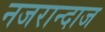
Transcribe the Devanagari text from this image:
नजरान्दाज